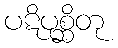
ပဋိပုစ္ဆိတု